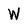
Character: W